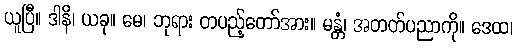
ယူပြီ။ ဒါနိ၊ ယခု။ မေ၊ ဘုရား တပည့်တော်အား။ မန္တံ၊ အတတ်ပညာကို။ ဒေထ၊